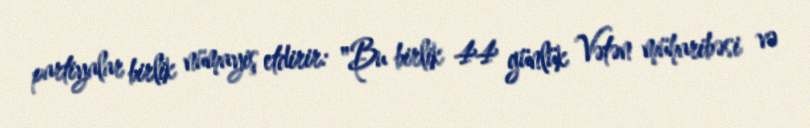
partiyalar birlik nümayiş etdirir: "Bu birlik 44 günlük Vətən müharibəsi və